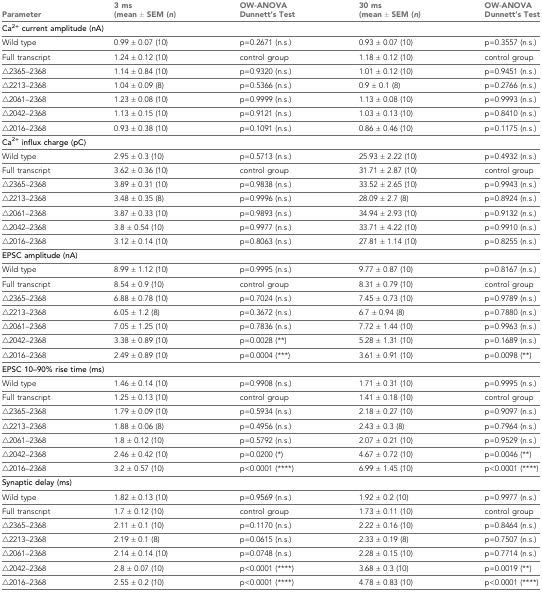
<table><thead><tr><td><b>Parameter</b></td><td><b>3 ms (mean ± SEM (<i>n</i>)</b></td><td><b>OW-ANOVA Dunnett’s Test</b></td><td><b>30 ms (mean ± SEM (<i>n</i>)</b></td><td><b>OW-ANOVA Dunnett’s Test</b></td></tr></thead><tbody><tr><td colspan="5"><b>Ca<sup>2+</sup> current amplitude (nA)</b></td></tr><tr><td>Wild type</td><td>0.99 ± 0.07 (10)</td><td>p=0.2671 (n.s.)</td><td>0.93 ± 0.07 (10)</td><td>p=0.3557 (n.s.)</td></tr><tr><td>Full transcript</td><td>1.24 ± 0.12 (10)</td><td>control group</td><td>1.18 ± 0.12 (10)</td><td>control group</td></tr><tr><td>△2365–2368</td><td>1.14 ± 0.84 (10)</td><td>p=0.9320 (n.s.)</td><td>1.01 ± 0.12 (10)</td><td>p=0.9451 (n.s.)</td></tr><tr><td>△2213–2368</td><td>1.04 ± 0.09 (8)</td><td>p=0.5366 (n.s.)</td><td>0.9 ± 0.1 (8)</td><td>p=0.2766 (n.s.)</td></tr><tr><td>△2061–2368</td><td>1.23 ± 0.08 (10)</td><td>p=0.9999 (n.s.)</td><td>1.13 ± 0.08 (10)</td><td>p=0.9993 (n.s.)</td></tr><tr><td>△2042–2368</td><td>1.13 ± 0.15 (10)</td><td>p=0.9121 (n.s.)</td><td>1.03 ± 0.13 (10)</td><td>p=0.8410 (n.s.)</td></tr><tr><td>△2016–2368</td><td>0.93 ± 0.38 (10)</td><td>p=0.1091 (n.s.)</td><td>0.86 ± 0.46 (10)</td><td>p=0.1175 (n.s.)</td></tr><tr><td colspan="5"><b>Ca<sup>2+</sup> influx charge (pC)</b></td></tr><tr><td>Wild type</td><td>2.95 ± 0.3 (10)</td><td>p=0.5713 (n.s.)</td><td>25.93 ± 2.22 (10)</td><td>p=0.4932 (n.s.)</td></tr><tr><td>Full transcript</td><td>3.62 ± 0.36 (10)</td><td>control group</td><td>31.71 ± 2.87 (10)</td><td>control group</td></tr><tr><td>△2365–2368</td><td>3.89 ± 0.31 (10)</td><td>p=0.9838 (n.s.)</td><td>33.52 ± 2.65 (10)</td><td>p=0.9943 (n.s.)</td></tr><tr><td>△2213–2368</td><td>3.48 ± 0.35 (8)</td><td>p=0.9996 (n.s.)</td><td>28.09 ± 2.7 (8)</td><td>p=0.8924 (n.s.)</td></tr><tr><td>△2061–2368</td><td>3.87 ± 0.33 (10)</td><td>p=0.9893 (n.s.)</td><td>34.94 ± 2.93 (10)</td><td>p=0.9132 (n.s.)</td></tr><tr><td>△2042–2368</td><td>3.8 ± 0.54 (10)</td><td>p=0.9977 (n.s.)</td><td>33.71 ± 4.22 (10)</td><td>p=0.9910 (n.s.)</td></tr><tr><td>△2016–2368</td><td>3.12 ± 0.14 (10)</td><td>p=0.8063 (n.s.)</td><td>27.81 ± 1.14 (10)</td><td>p=0.8255 (n.s.)</td></tr><tr><td colspan="5"><b>EPSC amplitude (nA)</b></td></tr><tr><td>Wild type</td><td>8.99 ± 1.12 (10)</td><td>p=0.9995 (n.s.)</td><td>9.77 ± 0.87 (10)</td><td>p=0.8167 (n.s.)</td></tr><tr><td>Full transcript</td><td>8.54 ± 0.9 (10)</td><td>control group</td><td>8.31 ± 0.79 (10)</td><td>control group</td></tr><tr><td>△2365–2368</td><td>6.88 ± 0.78 (10)</td><td>p=0.7024 (n.s.)</td><td>7.45 ± 0.73 (10)</td><td>p=0.9789 (n.s.)</td></tr><tr><td>△2213–2368</td><td>6.05 ± 1.2 (8)</td><td>p=0.3672 (n.s.)</td><td>6.7 ± 0.94 (8)</td><td>p=0.7880 (n.s.)</td></tr><tr><td>△2061–2368</td><td>7.05 ± 1.25 (10)</td><td>p=0.7836 (n.s.)</td><td>7.72 ± 1.44 (10)</td><td>p=0.9963 (n.s.)</td></tr><tr><td>△2042–2368</td><td>3.38 ± 0.89 (10)</td><td>p=0.0028 (**)</td><td>5.28 ± 1.31 (10)</td><td>p=0.1689 (n.s.)</td></tr><tr><td>△2016–2368</td><td>2.49 ± 0.89 (10)</td><td>p=0.0004 (***)</td><td>3.61 ± 0.91 (10)</td><td>p=0.0098 (**)</td></tr><tr><td colspan="5"><b>EPSC 10–90% rise time (ms)</b></td></tr><tr><td>Wild type</td><td>1.46 ± 0.14 (10)</td><td>p=0.9908 (n.s.)</td><td>1.71 ± 0.31 (10)</td><td>p=0.9995 (n.s.)</td></tr><tr><td>Full transcript</td><td>1.25 ± 0.13 (10)</td><td>control group</td><td>1.41 ± 0.18 (10)</td><td>control group</td></tr><tr><td>△2365–2368</td><td>1.79 ± 0.09 (10)</td><td>p=0.5934 (n.s.)</td><td>2.18 ± 0.27 (10)</td><td>p=0.9097 (n.s.)</td></tr><tr><td>△2213–2368</td><td>1.88 ± 0.06 (8)</td><td>p=0.4956 (n.s.)</td><td>2.43 ± 0.3 (8)</td><td>p=0.7964 (n.s.)</td></tr><tr><td>△2061–2368</td><td>1.8 ± 0.12 (10)</td><td>p=0.5792 (n.s.)</td><td>2.07 ± 0.21 (10)</td><td>p=0.9529 (n.s.)</td></tr><tr><td>△2042–2368</td><td>2.46 ± 0.42 (10)</td><td>p=0.0200 (*)</td><td>4.67 ± 0.72 (10)</td><td>p=0.0046 (**)</td></tr><tr><td>△2016–2368</td><td>3.2 ± 0.57 (10)</td><td>p&lt;0.0001 (****)</td><td>6.99 ± 1.45 (10)</td><td>p&lt;0.0001 (****)</td></tr><tr><td colspan="5"><b>Synaptic delay (ms)</b></td></tr><tr><td>Wild type</td><td>1.82 ± 0.13 (10)</td><td>p=0.9569 (n.s.)</td><td>1.92 ± 0.2 (10)</td><td>p=0.9977 (n.s.)</td></tr><tr><td>Full transcript</td><td>1.7 ± 0.12 (10)</td><td>control group</td><td>1.73 ± 0.11 (10)</td><td>control group</td></tr><tr><td>△2365–2368</td><td>2.11 ± 0.1 (10)</td><td>p=0.1170 (n.s.)</td><td>2.22 ± 0.16 (10)</td><td>p=0.8464 (n.s.)</td></tr><tr><td>△2213–2368</td><td>2.19 ± 0.1 (8)</td><td>p=0.0615 (n.s.)</td><td>2.33 ± 0.19 (8)</td><td>p=0.7507 (n.s.)</td></tr><tr><td>△2061–2368</td><td>2.14 ± 0.14 (10)</td><td>p=0.0748 (n.s.)</td><td>2.28 ± 0.15 (10)</td><td>p=0.7714 (n.s.)</td></tr><tr><td>△2042–2368</td><td>2.8 ± 0.07 (10)</td><td>p&lt;0.0001 (****)</td><td>3.68 ± 0.3 (10)</td><td>p=0.0019 (**)</td></tr><tr><td>△2016–2368</td><td>2.55 ± 0.2 (10)</td><td>p&lt;0.0001 (****)</td><td>4.78 ± 0.83 (10)</td><td>p&lt;0.0001 (****)</td></tr></tbody></table>